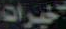
خيرات